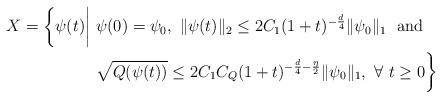
LaTeX: \begin{align*} X = \bigg\{\psi(t)\bigg|\ &\psi(0) = \psi_0,\ \|\psi(t)\|_2 \leq 2C_1(1 + t)^{-\frac{d}{4}}\|\psi_0\|_1\ \ {\rm and}\ \\&\sqrt{Q(\psi(t))} \leq 2C_1C_Q(1 + t)^{-\frac{d}{4}-\frac{\eta}{2}}\|\psi_0\|_1,\ \forall \ t\geq 0 \bigg\} \end{align*}